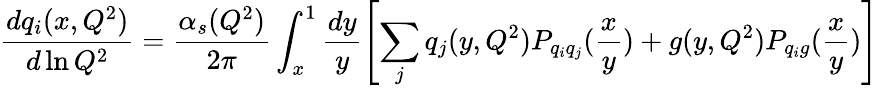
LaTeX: \frac{dq_{i}(x,Q^{2})}{d\ln Q^{2}}=\frac{\alpha_{s}(Q^{2})}{2\pi}\int_{x}^{1}\frac{dy}{y}\left[\sum_{j}q_{j}(y,Q^{2})P_{q_{i}q_{j}}(\frac{x}{y})+g(y,Q^{2})P_{q_{i}g}(\frac{x}{y})\right]